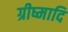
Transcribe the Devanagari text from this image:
ग्रीष्मादि